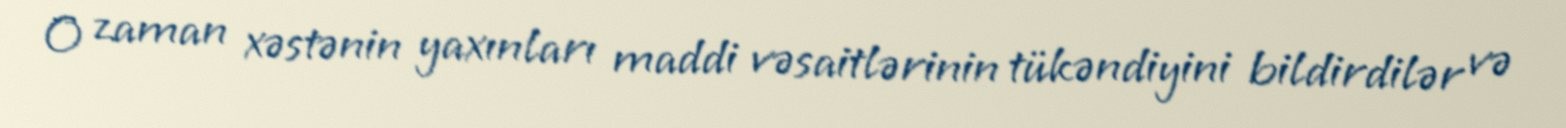
O zaman xəstənin yaxınları maddi vəsaitlərinin tükəndiyini bildirdilər və